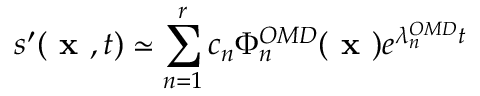
s ^ { \prime } ( \textbf { x } , t ) \simeq \sum _ { n = 1 } ^ { r } c _ { n } \Phi _ { n } ^ { O M D } ( \textbf { x } ) e ^ { \lambda _ { n } ^ { O M D } t }